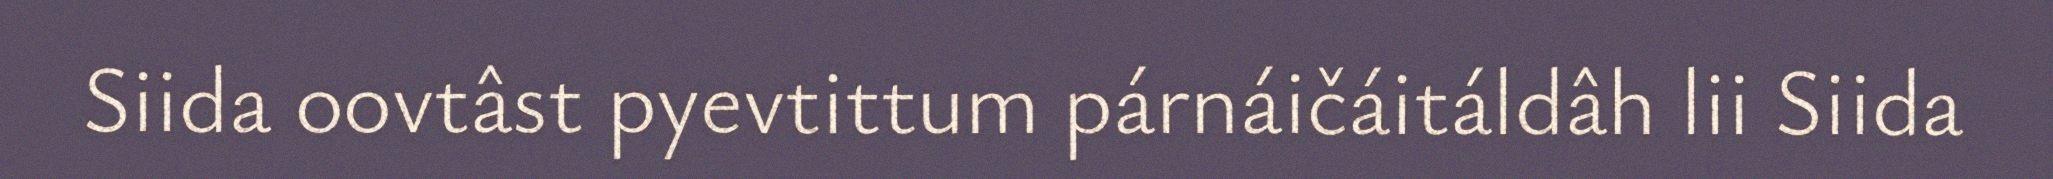
Siida oovtâst pyevtittum párnáičáitáldâh lii Siida